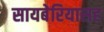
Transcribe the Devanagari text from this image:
सायबेरियासह